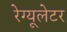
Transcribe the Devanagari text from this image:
रेग्यूलेटर